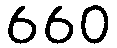
660